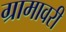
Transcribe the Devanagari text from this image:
ग्रामावरी